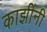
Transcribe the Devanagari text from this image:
काझींनी